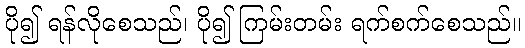
ပို၍ ရန်လိုစေသည်၊ ပို၍ ကြမ်းတမ်း ရက်စက်စေသည်။